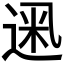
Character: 𫡮